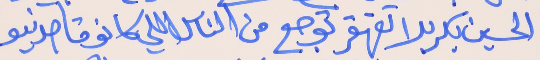
الحسين بكربلا تقهقر توجع     من الناس اللي كانو قاصدينو